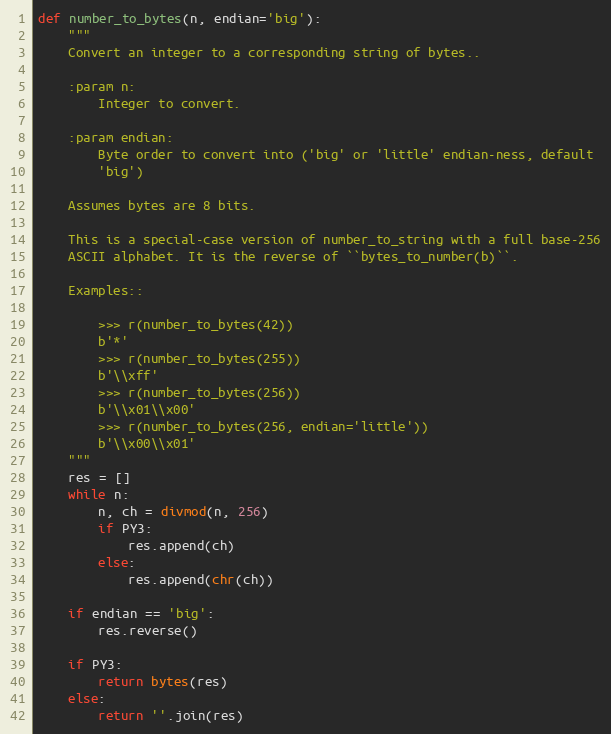
Language: Python
def number_to_bytes(n, endian='big'):
    """
    Convert an integer to a corresponding string of bytes..

    :param n:
        Integer to convert.

    :param endian:
        Byte order to convert into ('big' or 'little' endian-ness, default
        'big')

    Assumes bytes are 8 bits.

    This is a special-case version of number_to_string with a full base-256
    ASCII alphabet. It is the reverse of ``bytes_to_number(b)``.

    Examples::

        >>> r(number_to_bytes(42))
        b'*'
        >>> r(number_to_bytes(255))
        b'\\xff'
        >>> r(number_to_bytes(256))
        b'\\x01\\x00'
        >>> r(number_to_bytes(256, endian='little'))
        b'\\x00\\x01'
    """
    res = []
    while n:
        n, ch = divmod(n, 256)
        if PY3:
            res.append(ch)
        else:
            res.append(chr(ch))

    if endian == 'big':
        res.reverse()

    if PY3:
        return bytes(res)
    else:
        return ''.join(res)